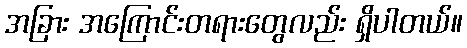
အခြား အကြောင်းတရားတွေလည်း ရှိပါတယ်။